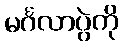
မင်္ဂလာပွဲကို